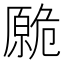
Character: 𱑡